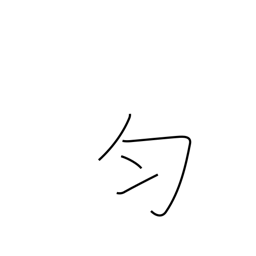
Meaning: equal